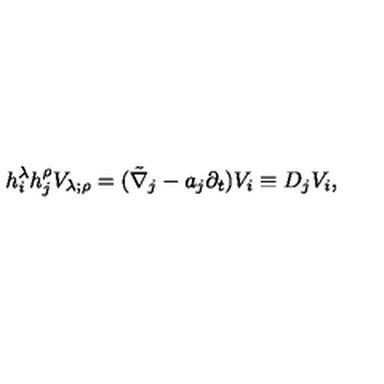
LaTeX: h _ { i } ^ { \lambda } h _ { j } ^ { \rho } V _ { \lambda ; \rho } = ( \tilde { \nabla } _ { j } - a _ { j } \partial _ { t } ) V _ { i } \equiv D _ { j } V _ { i } ,